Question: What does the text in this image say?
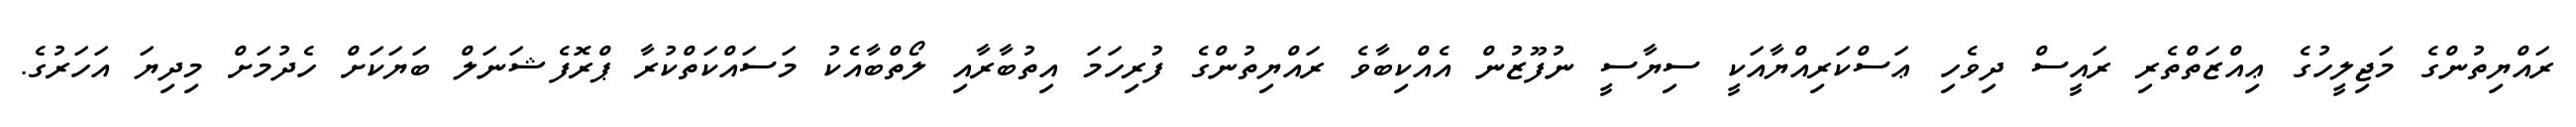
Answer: ރައްޔިތުންގެ މަޖިލީހުގެ ޢިއްޒަތްތެރި ރައީސް ދިވެހި ޢަސްކަރިއްޔާއަކީ ސިޔާސީ ނުފޫޒުން އެއްކިބާވެ ރައްޔިތުންގެ ފުރިހަމަ އިތުބާރާއި ލޯތްބާއެކު މަސައްކަތްކުރާ ޕްރޮފެޝަނަލް ބަޔަކަށް ހެދުމަށް މިދިޔަ އަހަރުގެ.